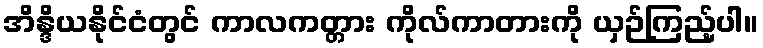
အိန္ဒိယနိုင်ငံတွင် ကာလကတ္တား ကိုလ်ကာတားကို ယှဉ်ကြည့်ပါ။